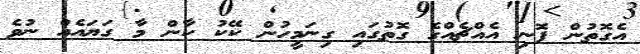
އެގޮތުން ފޮނި އެއްޗެއްގެ ގޮތުގައި ގިނަމީހުން ކޭކު ކާން މާ ގަޔައެއް ނުވެ